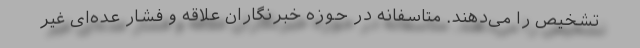
تشخیص را می‌دهند. متاسفانه در حوزه خبرنگاران علاقه و فشار عده‌ای غیر